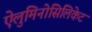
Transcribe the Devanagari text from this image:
ऐलुमिनोसिलिकेट